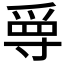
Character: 𡬳